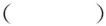
( )